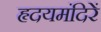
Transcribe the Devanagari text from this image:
हृदयमंदिरें